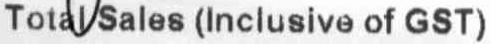
TOTAL SALES (INCLUSIVE OF GST)